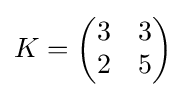
K={\begin{pmatrix}3&3\\2&5\end{pmatrix}}